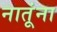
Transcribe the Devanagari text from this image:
नातूंना